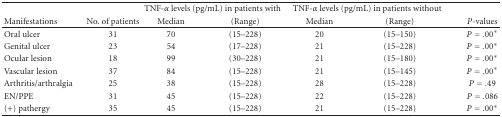
|  |  | <COLSPAN=2> TNF-α levels (pg/mL) in patients with | <COLSPAN=2> TNF-α levels (pg/mL) in patients without |  |
 | Manifestations | No. of patients | Median | (Range) | Median | (Range) | P-values |
 | --- | --- | --- | --- | --- | --- | --- |
 | Oral ulcer | 31 | 70 | (15–228) | 20 | (15–150) | P = .00* |
 | Genital ulcer | 23 | 54 | (17–228) | 21 | (15–228) | P = .00* |
 | Ocular lesion | 18 | 99 | (30–228) | 21 | (15–180) | P = .00* |
 | Vascular lesion | 37 | 84 | (15–228) | 21 | (15–145) | P = .00* |
 | Arthritis/arthralgia | 25 | 38 | (15–228) | 28 | (15–228) | P = .49 |
 | EN/PPE | 31 | 45 | (15–228) | 22 | (15–228) | P = .086 |
 | (+) pathergy | 35 | 45 | (15–228) | 21 | (15–228) | P = .00* |